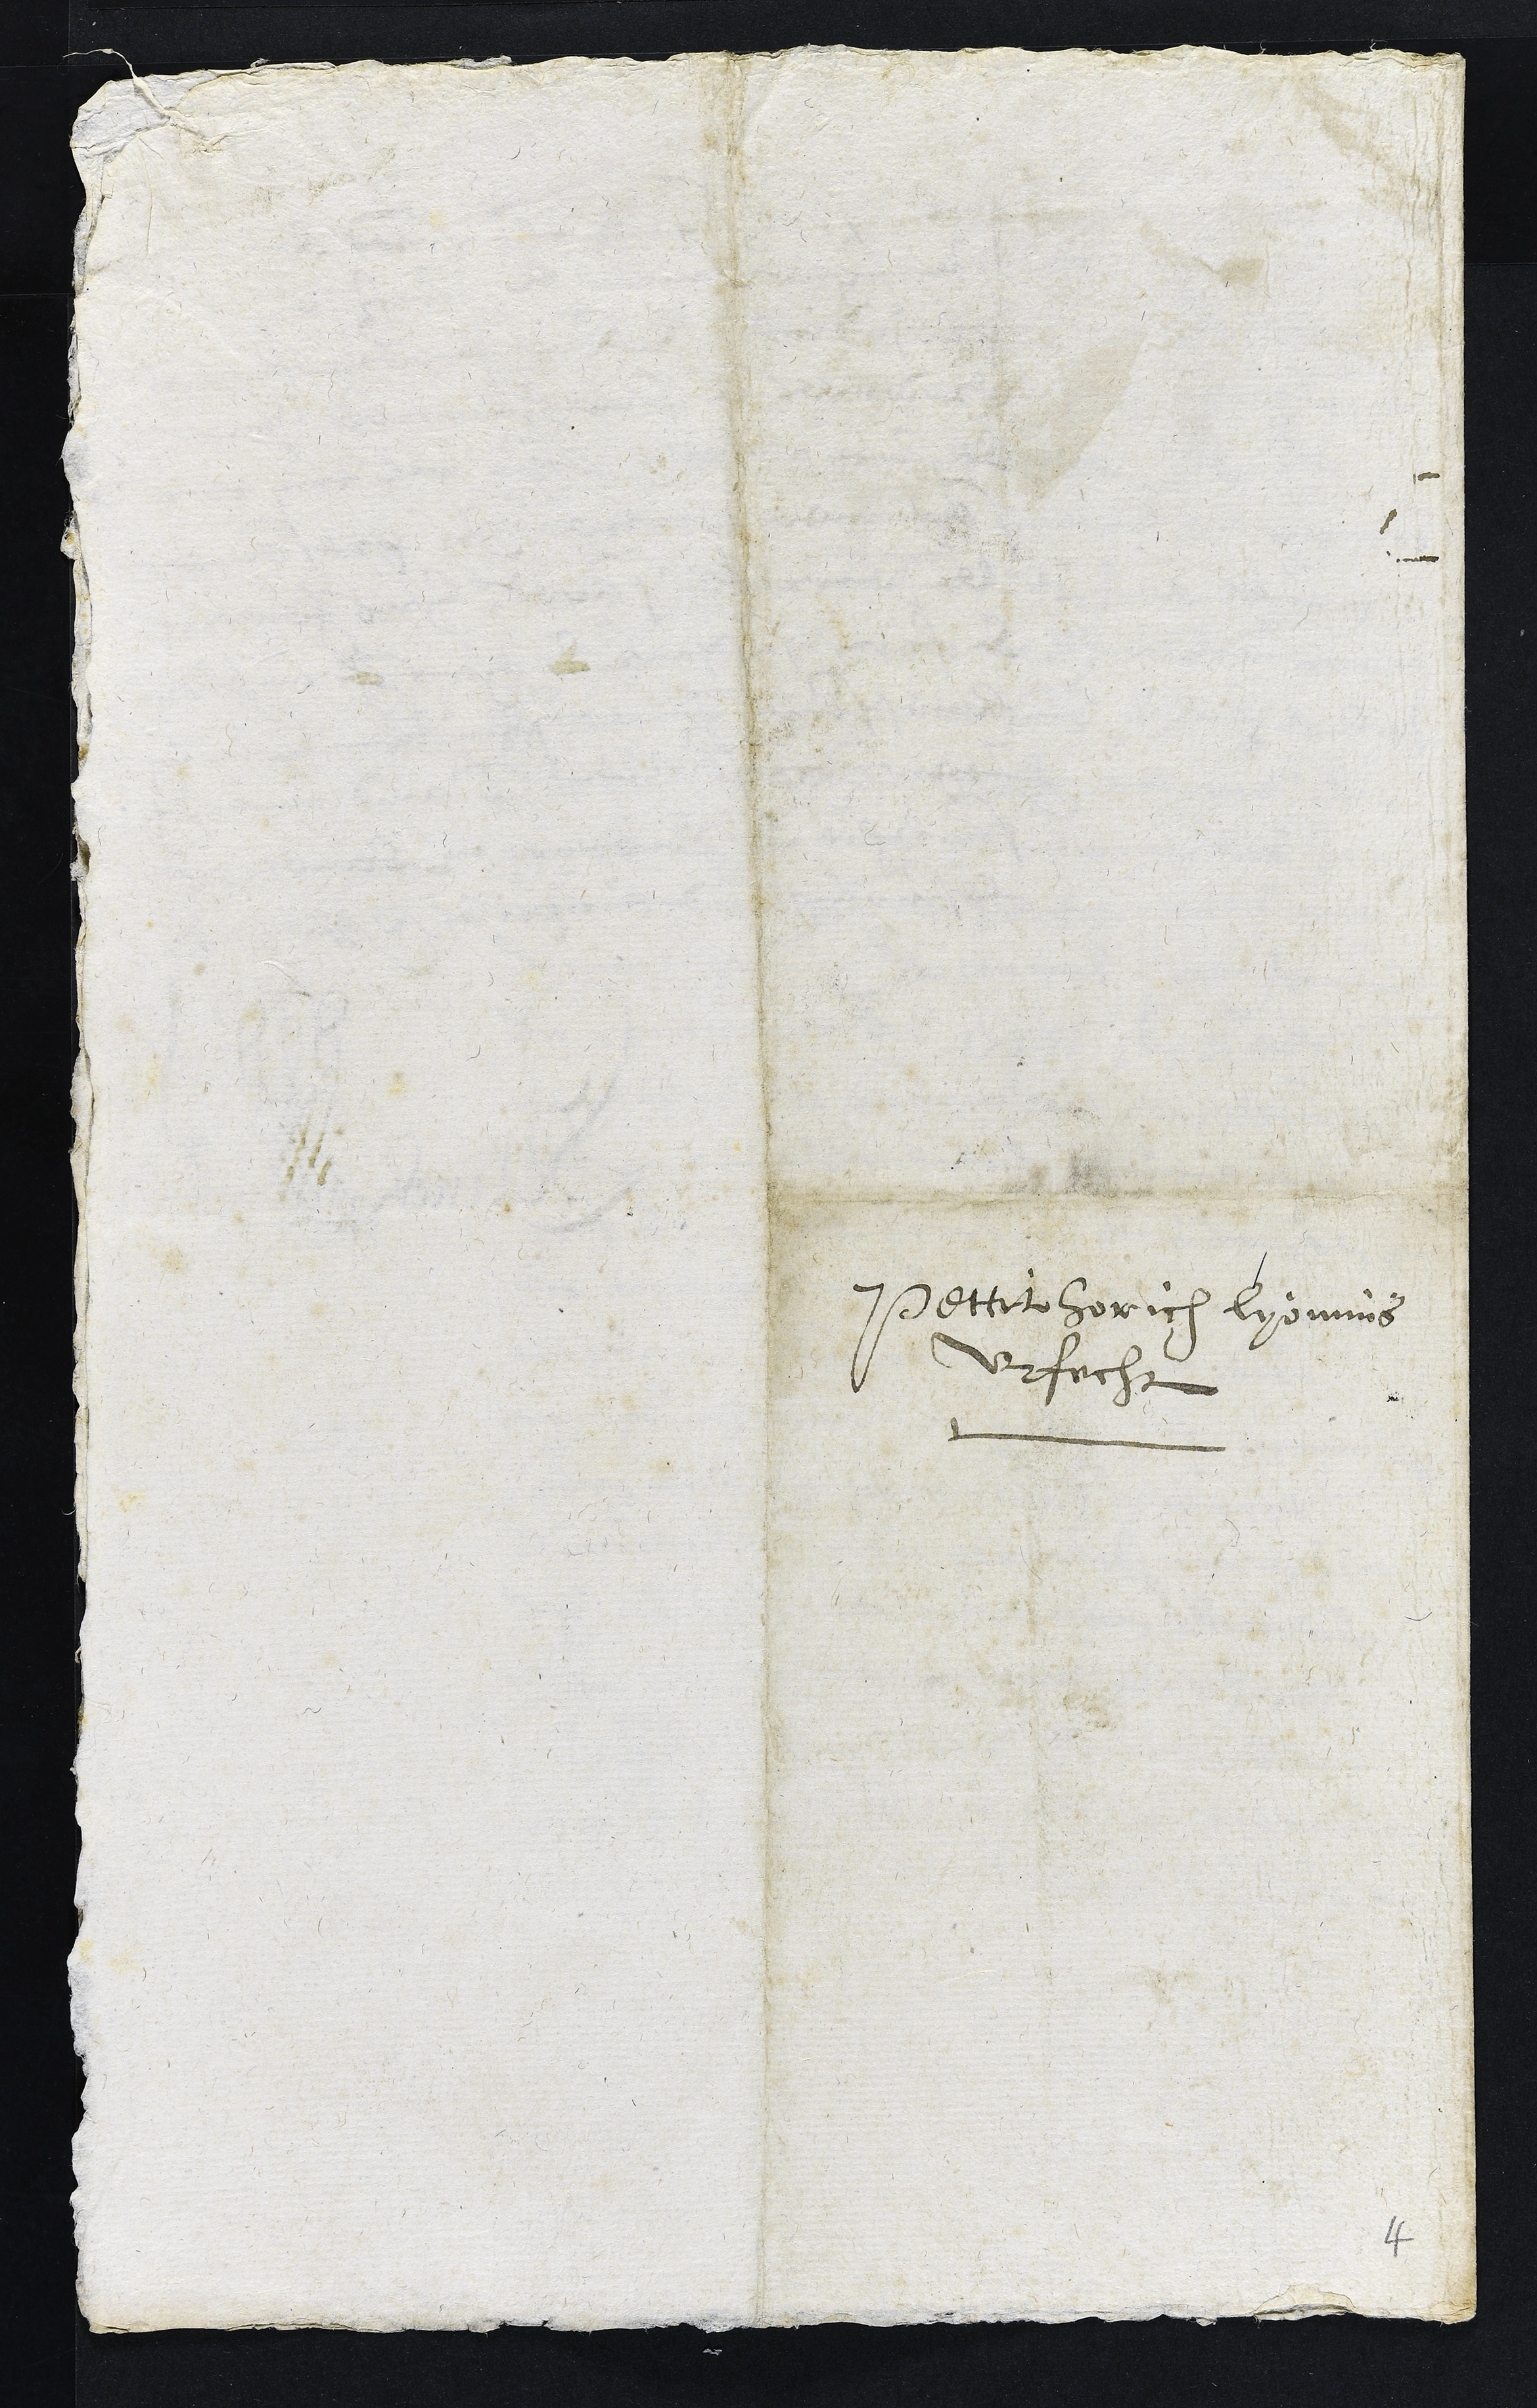
Pettit horich lyomins
Urfecht
4